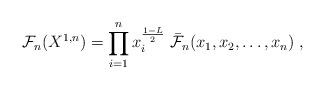
LaTeX: \begin{align*}\mathcal{F}_n (X^{1,n}) = \prod_{i=1}^{n} x_i^{\frac{1-L}{2}} \; \bar{\mathcal{F}}_n (x_1, x_2 , \dots , x_n) \; ,\end{align*}